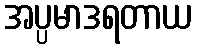
အပ္ပမာဒရတာယ